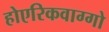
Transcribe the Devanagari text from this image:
होएरिकवाग्गो